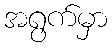
အရွက်မှာ